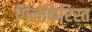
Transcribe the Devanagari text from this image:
गिलकिरिस्त